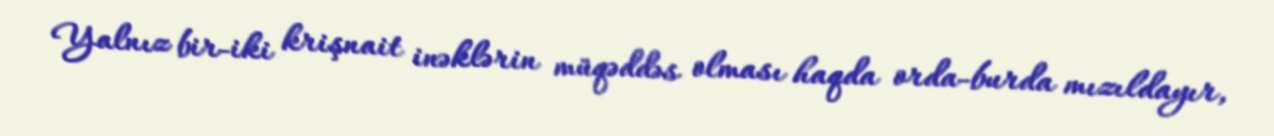
Yalnız bir-iki krişnait inəklərin müqəddəs olması haqda orda-burda mızıldayır,